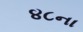
૪૮ના